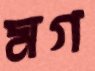
মগ